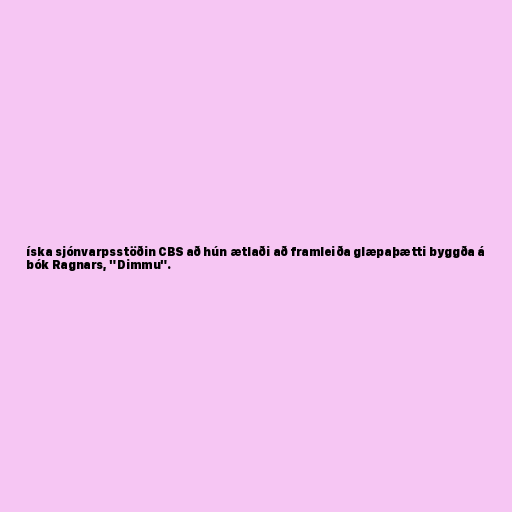
íska sjónvarpsstöðin CBS að hún ætlaði að framleiða glæpaþætti byggða á
bók Ragnars, "Dimmu".